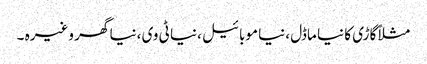
مثلاً گاڑی کا نیا ماڈل ،نیا موبائیل ،نیا ٹی وی ،نیا گھر وغیرہ ۔